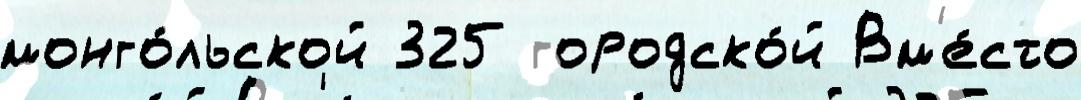
монго́льской 325 городско́й Вм'е́сто